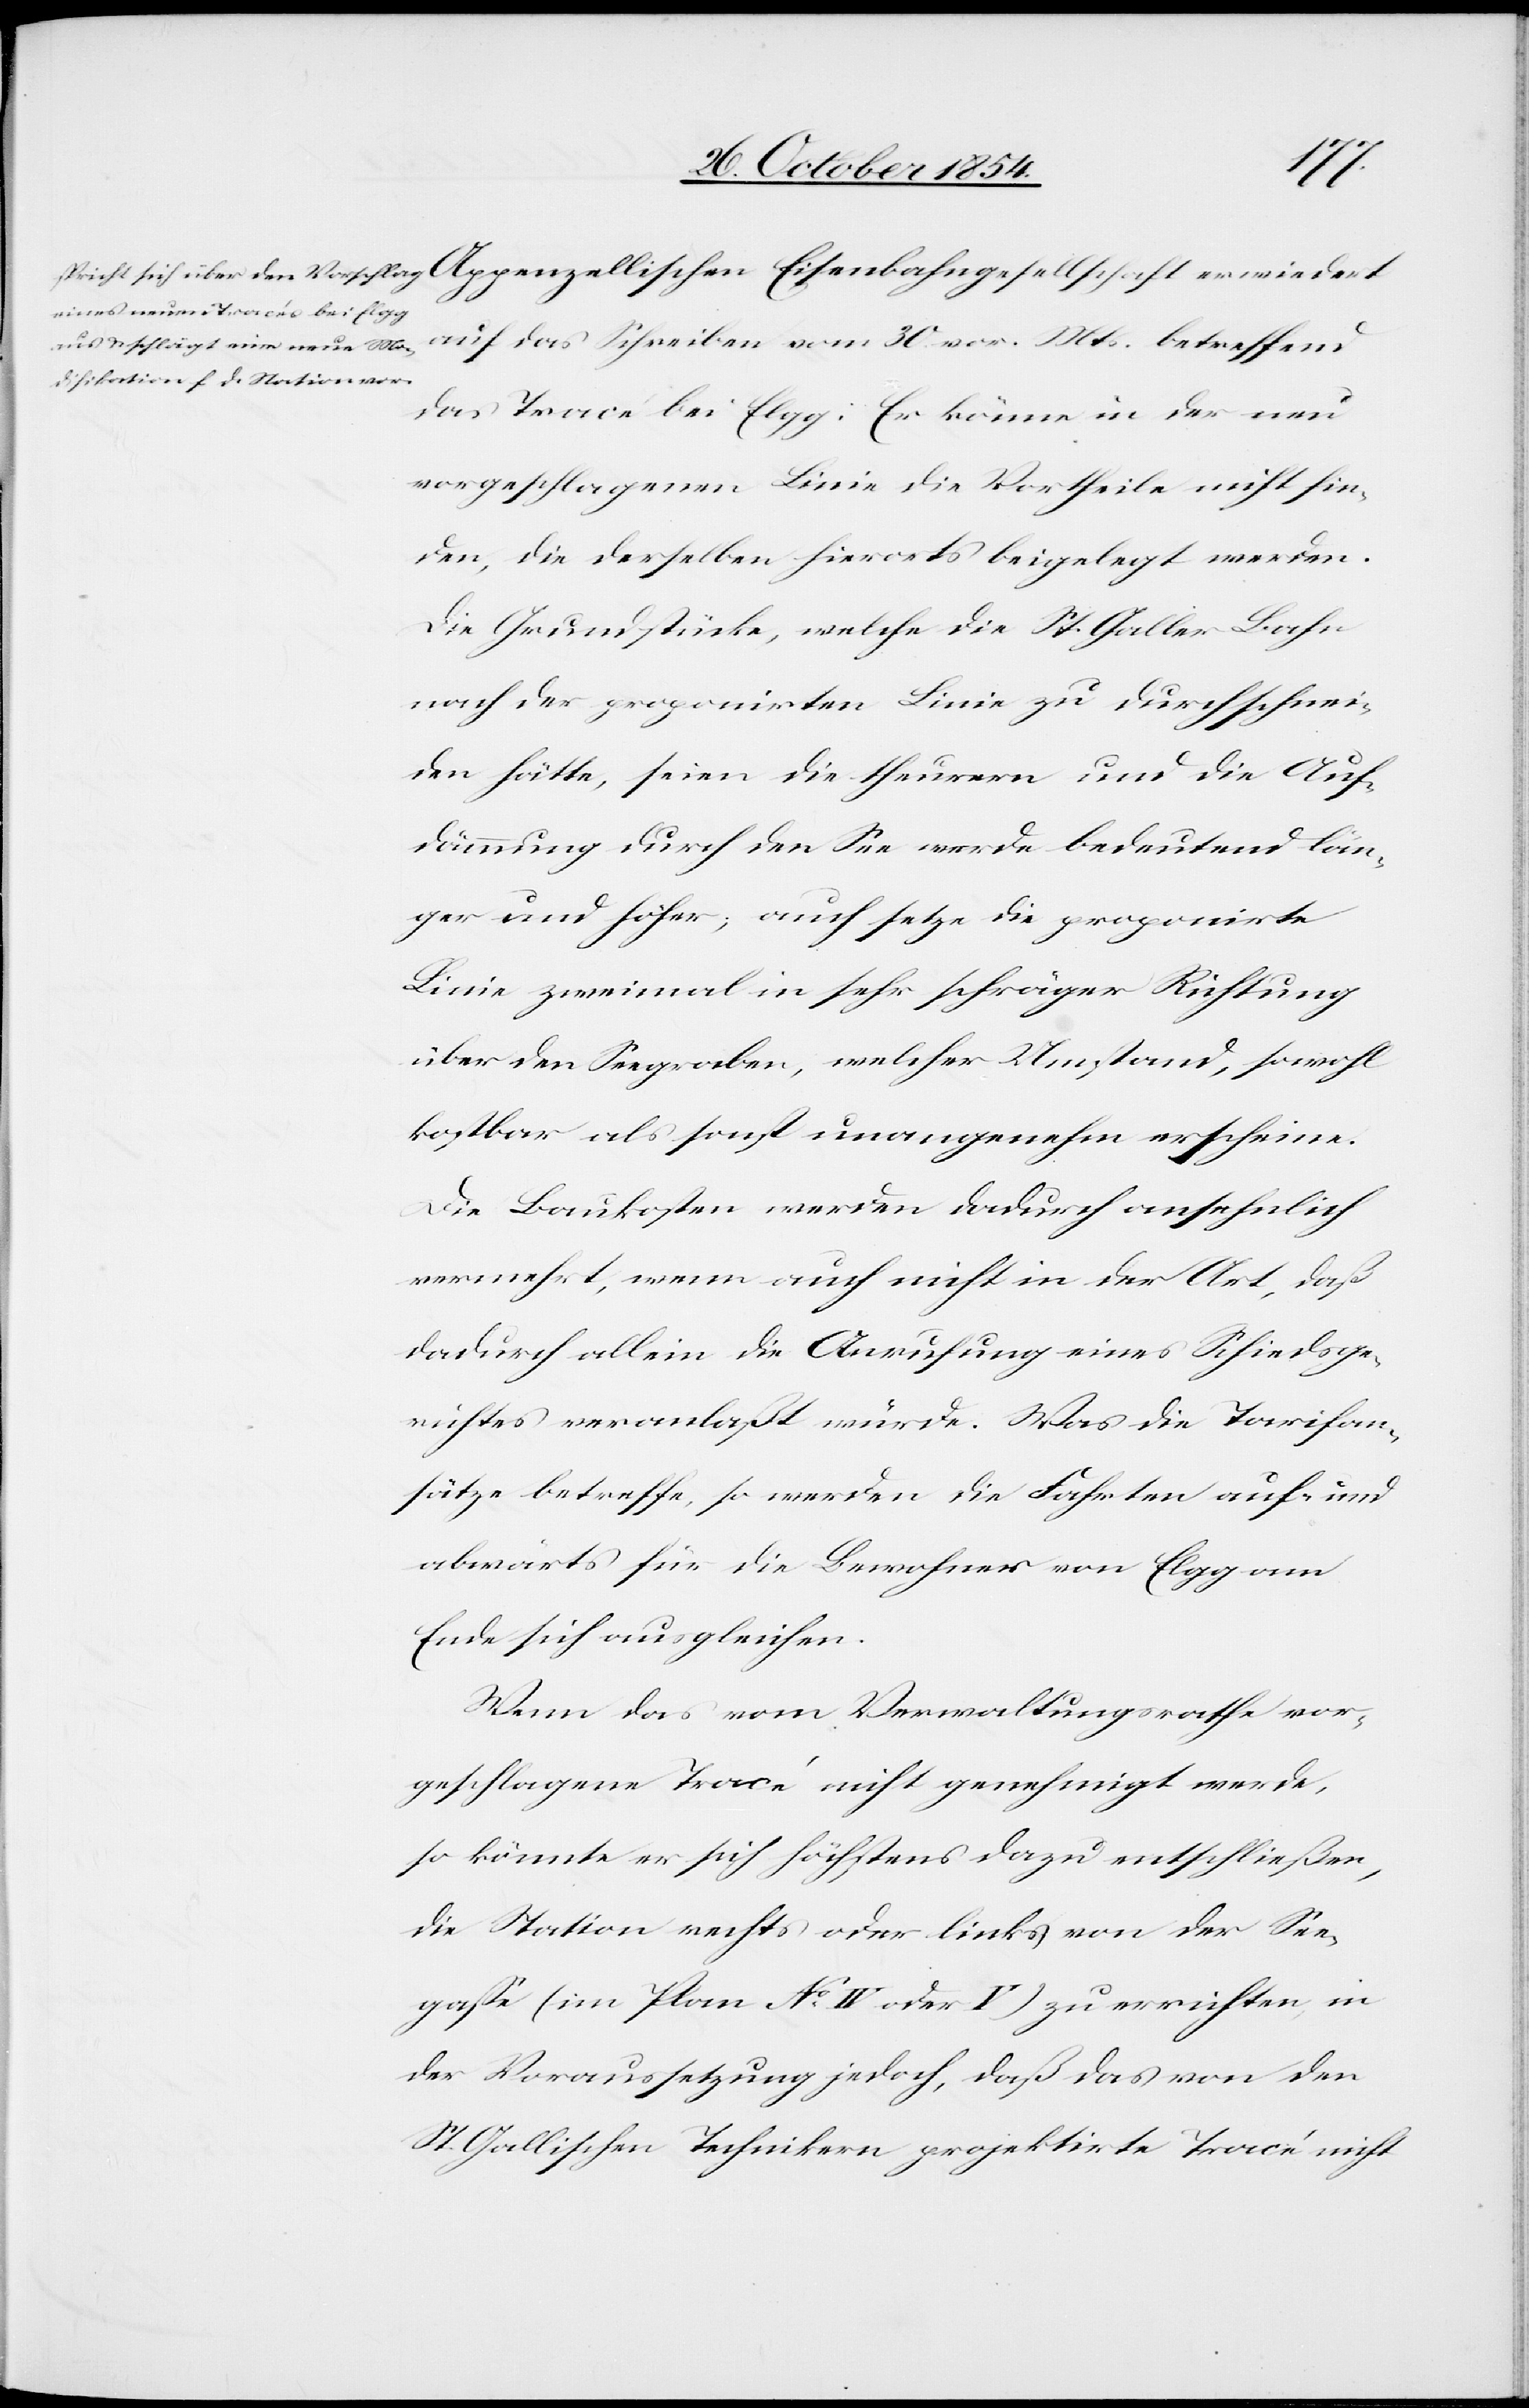
auf das Schreiben vom 30. vor. Mts. betreffend
das Tracé bei Elgg. Er könne in der neu
vorgeschlagenen Linie die Vortheile nicht fin¬
den, die derselben hierorts beigelegt werden.
Die Grundstücke, welche die St. Galler Bahn
nach der proponirten Linie zu durchschnei¬
den hätte, seien die theurern und die Auf¬
dämmung durch den See werde bedeutend län¬
ger und höher; auch setze die proponirte
Linie zweimal in sehr schräger Richtung
über den Seegraben, welcher Umstand, sowohl
kostbar als sonst unangenehm erscheine.
Die Baukosten werden dadurch ansehnlich
vermehrt, wenn auch nicht in der Art, daß
dadurch allein die Anrufung eines Schiedsge¬
richtes veranlaßt würde. Was die Tarifan¬
sätze betreffe, so werden die Fahrten auf- und
abwärts für die Bewohner von Elgg am
Ende sich ausgleichen.
Wenn das vom Verwaltungsrathe vor¬
geschlagene Tracé nicht genehmigt werde,
so könnte er sich höchstens dazu entschließen,
die Station rechts oder links von der See¬
gaße (im Plan No IV oder V) zu errichten, in
der Voraussetzung jedoch, daß das von den
St. Gallischen Technikern projektirte Tracé nicht